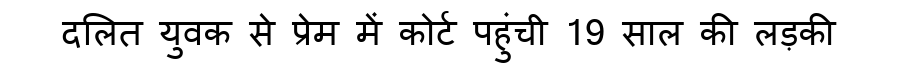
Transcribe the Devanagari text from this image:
दलित युवक से प्रेम में कोर्ट पहुंची 19 साल की लड़की